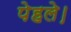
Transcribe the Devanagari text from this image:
पेहले।